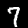
Label: 7